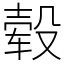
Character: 毂